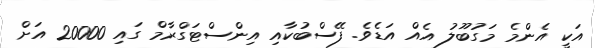
އަކީ އެންމެ މަގުބޫލު އެއް އަޑެވެ. ފޭސްބުކާއި އިންސްޓަގްރާމް ގައި 20000 އަށް